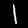
Digit: 1